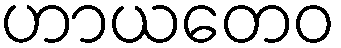
ဟာယတေဝ